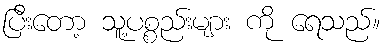
ပြီးတော့ သူ့ပစ္စည်းများ ကို ရေသည်။